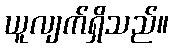
ယူလျက်ရှိသည်။